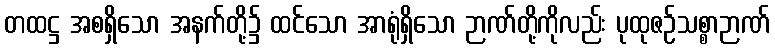
တထဋ္ဌ အစရှိသော အနက်တို့၌ ထင်သော အာရုံရှိသော ဉာဏ်တို့ကိုလည်း ပုထုဇဉ်သစ္စာဉာဏ်